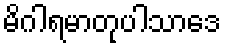
မိဂါရမာတုပါသာဒေ